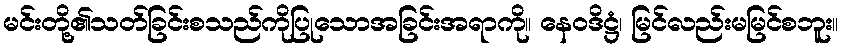
မင်းတို့၏သတ်ခြင်းစသည်ကိုပြုသောအခြင်းအရာကို။ နေဝဒိဋ္ဌံ၊ မြင်လည်းမမြင်စဘူး။